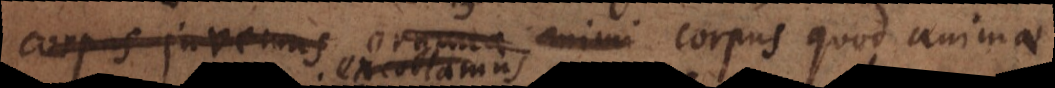
corpus juvemus organa animi quod animae